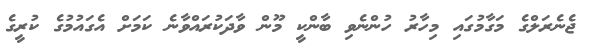
ޖެނެރަލްގެ މަގާމުގައި މިހާރު ހުންނެވި ބާންކީ މޫން ވާދަކުރައްވާނެ ކަމަށް އެގައުމުގެ ކުރީގެ